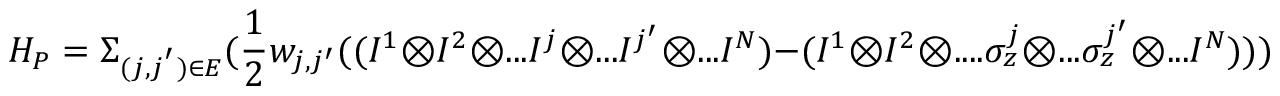
H _ { P } = \Sigma _ { ( j , j ^ { ' } ) \in E } ( \frac { 1 } { 2 } w _ { j , j ^ { \prime } } ( ( I ^ { 1 } \otimes I ^ { 2 } \otimes . . . I ^ { j } \otimes . . . I ^ { j ^ { \prime } } \otimes . . . I ^ { N } ) - ( I ^ { 1 } \otimes I ^ { 2 } \otimes . . . . \sigma _ { z } ^ { j } \otimes . . . \sigma _ { z } ^ { j ^ { \prime } } \otimes . . . I ^ { N } ) ) )